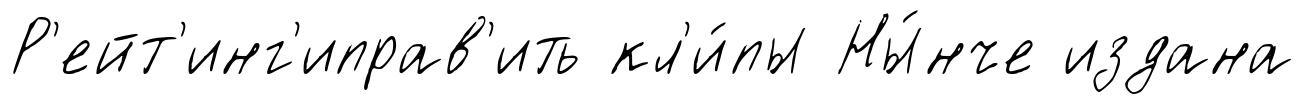
Р'ейт'инг'иправ'ить кл'и́пы Ны́нче издана